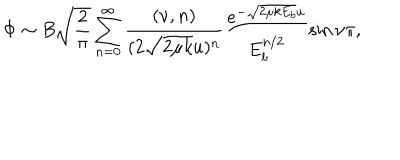
\Phi \sim B \sqrt { \frac { 2 } { \pi } } \sum _ { n = 0 } ^ { \infty } \frac { ( \nu , n ) } { ( 2 \sqrt { 2 \mu k } u ) ^ { n } } \frac { e ^ { - \sqrt { 2 \mu k E _ { b } } u } } { E _ { b } ^ { n / 2 } } \sin { \nu \pi } ,